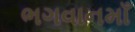
ભગવાનમાઁ